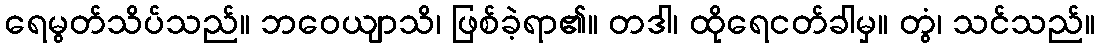
ရေမွတ်သိပ်သည်။ ဘဝေယျာသိ၊ ဖြစ်ခဲ့ရာ၏။ တဒါ၊ ထိုရေငတ်ခါမှ။ တွံ၊ သင်သည်။